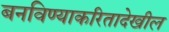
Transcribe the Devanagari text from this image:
बनविण्याकरितादेखील